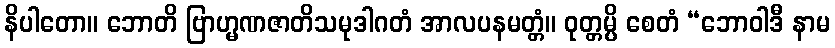
နိပါတော။ ဘောတိ ဗြာဟ္မဏဇာတိသမုဒါဂတံ အာလပနမတ္တံ။ ဝုတ္တမ္ပိ စေတံ “ဘောဝါဒီ နာမ